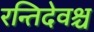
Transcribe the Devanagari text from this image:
रन्तिदेवश्च